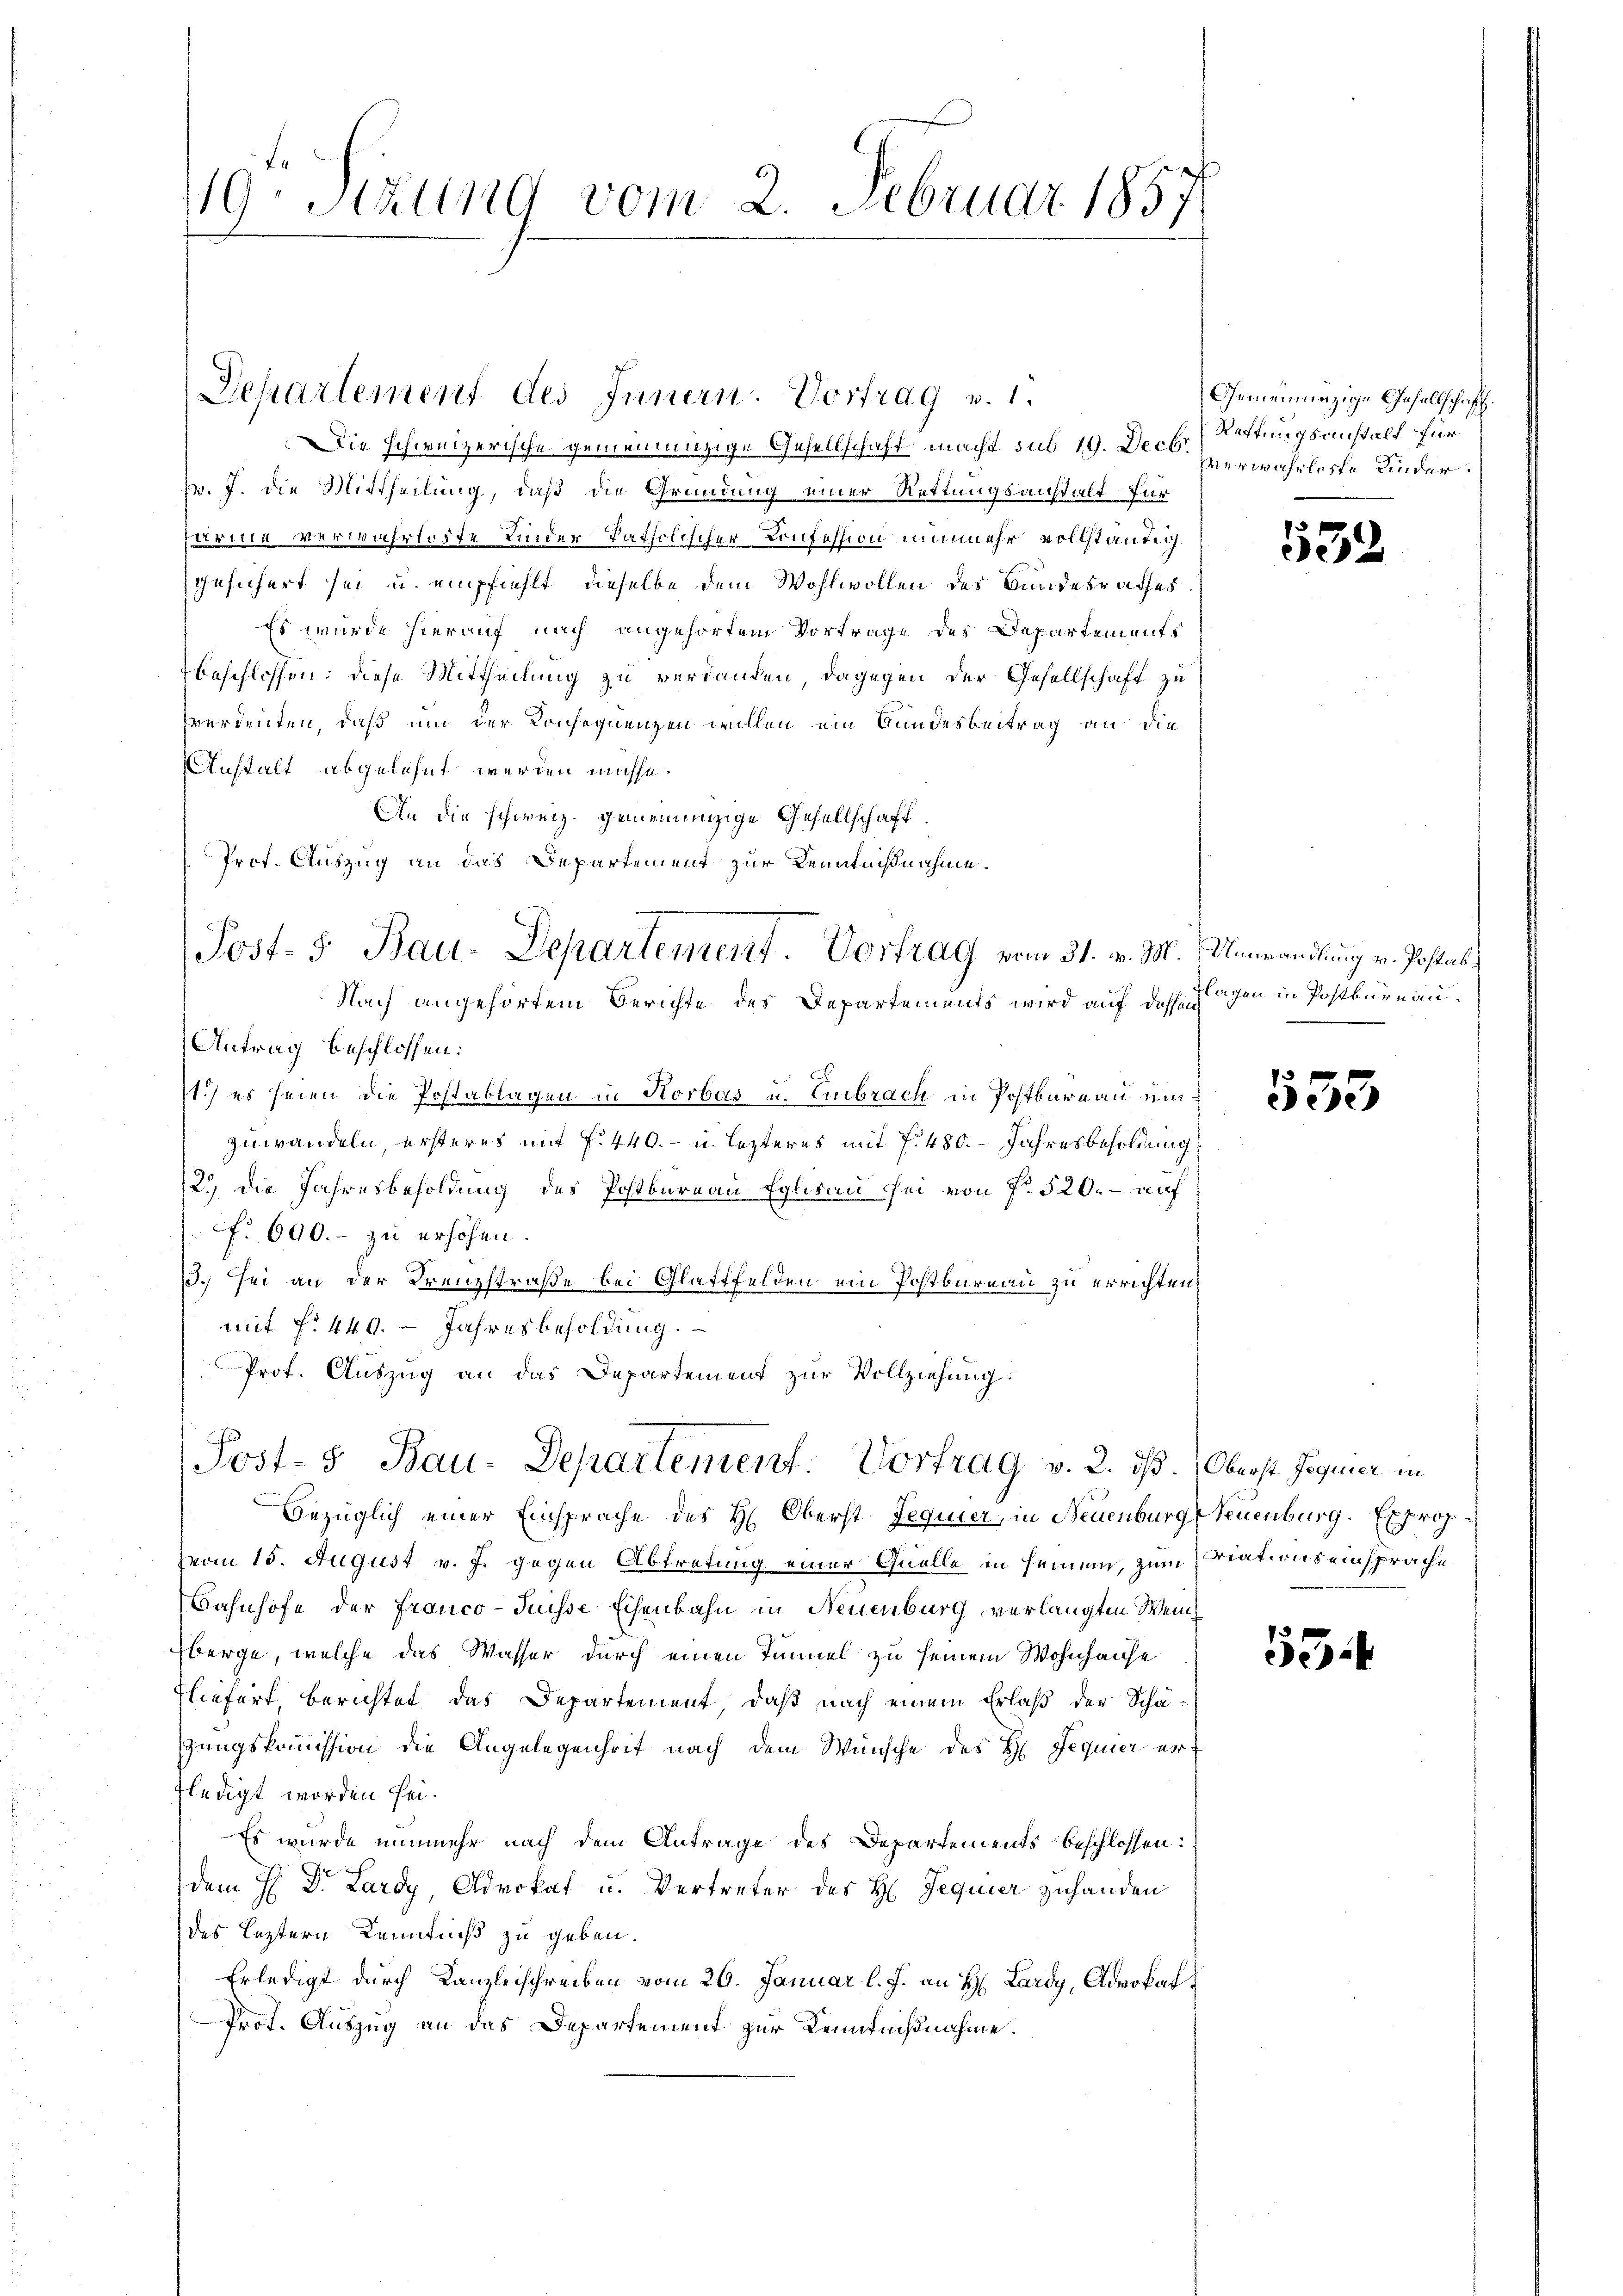
119. Stund vom 2. Februar 1857

Die schweizerische gemeinanzige Gesellschaft macht sub 19. Decbr
v. 7. die Mittheilung, daß die Gründung einer Rettungsanstalt für
deie Verwahrloste Kinder katholischer Konfession nunmehr vollständiggesichert sei u. empfiehlt, dieselbe dem Wohlwollen des Bundesrathes
Es wurde hierauf nach angehörtem Vortrage des Departements
beschlossen: diese Mittheilung zu verkaufen, dagegen der Gesellschaft zu
sverdenten, daß um der Konsequenzen wollen ein Bundesbeitrag an die
Anstalt abgelehnt werden müsse.
An die schweiz. geneinanzige Gesellschaft
Prof. Auszug an das Departement zur Kenntnißnahme.
Post- 5. Bau-Departement. Vortrag vom 31. v. M.
Nach angehörtem Berichte des Departements wird auf dessen Gegen in Postbureau.
Antrag beschlossen:
c
11.) es seien die Postablagen in Horbas u. Embrach in Postbareau unzuwandeln, ersteres mit f. 440.- u. lezteres mit § 480. Jahresbesoldung
2.) Die Jahresbesoldung des Postbureau Eglisau sei von Nr. 520.- auf
cf. 690. - zu erhöhen.
3. sei an der Krenzstraße bei Glattfelden ein Postbureau zu errichten,
mit f. 440. Jahresbesoldung.
Prof. Auszug an das Departement zur Vollziehung:
Post-5 Bau-Departement: Vortrag v. 2. ds. (Oberst Joquier in
bezüglich einer Einsprache des H. Oberst Jequier, in Neuenburg, Neuenburg. Exprovom 15. August v. J. gegen Abtretung einer Quelle in seinem, zum Viations einsprache
Bahnhofe der Franco-Puisse Eisenbahn in Neuenburg verlangten Weinberge, welche das Wasser durch einen Tunnel zu seinem Wohnhause
liefert berichtet das Departement, daß nach einem Erlaß der Schä-
gungskommission die Angelegenheit nach dem Wunsche des H. Requier ertledigt worden sei.
Es wurde nunmehr nach dem Antrage des Departements beschlossen:
dem H. Dr. Lardy, Advokat u. Vertreter des H Jequier zuhanden
des Leztern Kenntniß zu geben.
Erledigt durch Kanzleischreiben vom 26. Januar l. J. an H. Lardy, Advokat
Prot. Auszug an das Departement zur Kenntnißnahme.

Departement des Innern. Vortrag v. 1.

Gemeinnüzige Gesellschaft.
Rettungsanstalt für
verwahrloste Kinder.

552

Umwandlung v. Postab

553

53